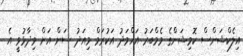
އިލެކްޝަންސް ކޮމިޝަންގެ މެމްބަރު އަހްމަދު އަކުރަމް މިއަދު ސަން އަށް ވިދާޅުވީ އެ